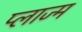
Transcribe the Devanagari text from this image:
प्लाज्म